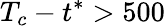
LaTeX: T_{c}-t^{*}>500